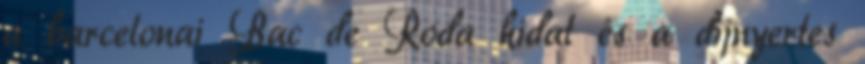
a barcelonai Bac de Roda hidat és a díjnyertes